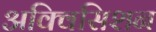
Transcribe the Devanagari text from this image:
अक्विसिशन